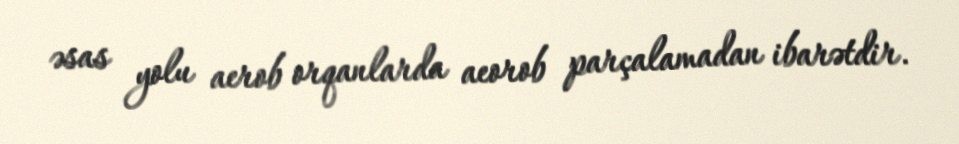
əsas yolu aerob orqanlarda aeorob parçalamadan ibarətdir.